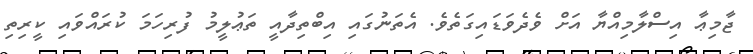
ޖާމިޢާ އިސްލާމިއްޔާ އަށް ވެދެވަޑައިގަތެވެ. އެތަނުގައި އިބްތިދާއީ ތަޢުލީމު ފުރިހަމަ ކުރައްވައި ކީރިތި